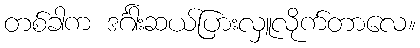
တစ်ခါက ဒင်္ဂါးဆယ်ပြားလှူလိုက်တာလေ။